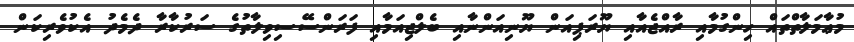
މުޢާމަލާތްތައް ހިންގުމާއި ރާއްޖެއާއި ޔޫރަޕިއަން ޔޫނިއަންނާއި ބެލްޖިއަމާއި ފަރަންސޭސިވިލާތުގެ ސަރުކާރާ ދެމެދު އެކުވެރިކަން